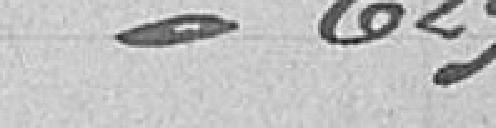
/ 629